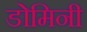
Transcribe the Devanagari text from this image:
डोमिनी